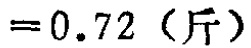
$=0.72\ (斤)$